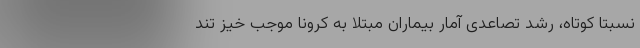
نسبتا کوتاه، رشد تصاعدی آمار بیماران مبتلا به کرونا موجب خیز تند